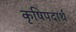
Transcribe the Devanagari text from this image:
कृषिपदार्थ